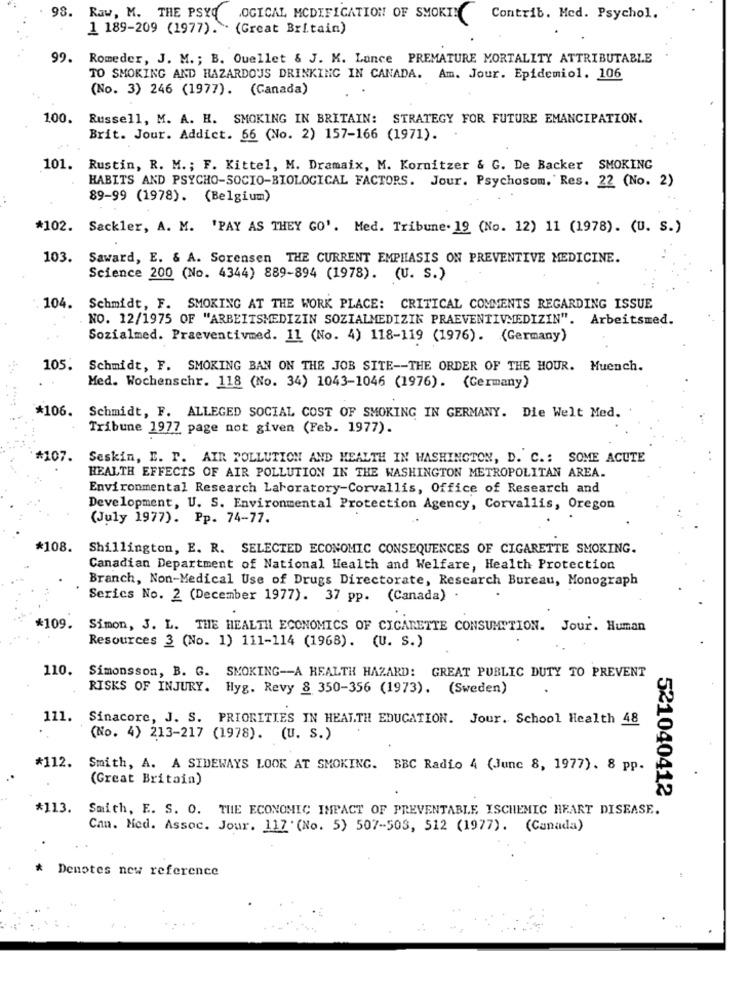
98. Raw, M. THE PSYQ
LOGICAL MODIFICATION OF SMORT!
Contrib. Med. Psychol.
1 189-209 (1977). (Great Britain)
99. Romeder, J. M .; B. Quellet & J. K. Lance PREMATURE MORTALITY ATTRIBUTABLE
TO SMOKING AND HAZARDOUS DRINKING IN CANADA. Am. Jour. Epidemiol. 106
(No. 3) 246 (1977). (Canada)
100.
Russell, M. A. H. SMOKING IN BRITAIN: STRATEGY FOR FUTURE EMANCIPATION.
Brit. Jour. Addict. 66 (No. 2) 157-166 (1971).
101. Rustin, R. M .; F. Kittel, M. Dramaix, M. Kornitzer & G. De Backer SMOKING
HABITS AND PSYCHO-SOCIO-BIOLOGICAL FACTORS. Jour. Psychosom, Res. 22 (No. 2)
89-99 (1978). (Belgium)
*102. Sackler, A. M. "PAY AS THEY GO'. Med. Tribune- 19 (No. 12) 11 (1978). (U. s.)
103. Saward, E. & A. Sorensen THE CURRENT EMPHASIS ON PREVENTIVE MEDICINE.
Science 200 (No. 4344) 889-894 (1978). (U. S.)
104. Schmidt, F. SMOKING AT THE WORK PLACE: CRITICAL COMMENTS REGARDING ISSUE
NO. 12/1975 OF "ARBEITSMEDIZIN SOZIALMEDIZIN PRAEVENTIVMEDIZIN". Arbeitsmed.
Sozialmed. Praeventivmed. 11 (No. 4) 118-119 (1976). (Germany)
105.
Schmidt, F. SMOKING BAN ON THE JOB SITE -- THE ORDER OF THE HOUR. Muench.
Med. Wochenschr. 118 (No. 34) 1043-1046 (1976). (Germany)
*106.
Schmidt, F. ALLEGED SOCIAL COST OF SMOKING IN GERMANY. Die Welt Med.
Tribune 1977 page not given (Feb. 1977).
#107.
Seskin, E. P. AIR POLLUTION AND HEALTH IN WASHINGTON, D. C .: SOME ACUTE
HEALTH EFFECTS OF AIR POLLUTION IN THE WASHINGTON METROPOLITAN AREA.
Environmental Research Laboratory-Corvallis, Office of Research and
Development, U. S. Environmental Protection Agency, Corvallis, Oregon
(July 1977). Pp. 74-77.
*108.
Shillington, E. R. SELECTED ECONOMIC CONSEQUENCES OF CIGARETTE SMOKING.
Canadian Department of National Health and Welfare, Health Protection
Branch, Non-Medical Use of Drugs Directorate, Research Bureau, Monograph
Serics No. 2 (December 1977). 37 pp. (Canada)
*109.
Simon, J. L. THE HEALTH ECONOMICS OF CIGARETTE CONSUMPTION. Jour. Human
Resources 3 (No. 1) 111-114 (1968). (U. S.)
110. Simonsson, B. G. SMOKING -- A HEALTH HAZARD: GREAT PUBLIC DUTY TO PREVENT
RISKS OF INJURY. Hyg. Revy 8 350-356 (1973). (Sweden)
111.
Sinacore, J. S. PRIORITIES IN HEALTH EDUCATION. Jour. School Health 48
(No. 4) 213-217 (1978). (U. S.)
*112.
Smith, A. A SIDEWAYS LOOK AT SMOKING. BBC Radio 4 (June 8, 1977). 8 pp.
(Great Britain)
521040412
*113.
Smith, E. S. O. THE ECONOMIC IMPACT OF PREVENTABLE ISCHEMIC HEART DISEASE.
Can. Med. Assoc. Jour. 117' (No. 5) 507-503, 512 (1977). (Canada)
*
Denotes new reference